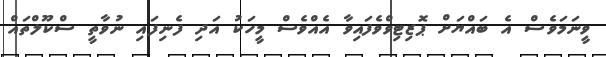
ވީނަމަވެސް އެ ބައްޔަށް ޕޮޒިޓިވްވެފައިވާ އެއްވެސް މީހަކު އަދި ފެނިފައި ނުވާތީ ސްކޫލްތައް